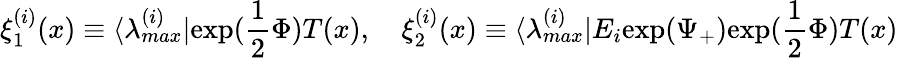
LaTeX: \xi_{1}^{(i)}(x)\equiv\langle\lambda_{max}^{(i)}|\mathrm{exp(}\frac{1}{2}\Phi)T(x),{}~~~~\xi_{2}^{(i)}(x)\equiv\langle\lambda_{max}^{(i)}|E_{i}\mathrm{exp(}\Psi_{+})\mathrm{exp(}\frac{1}{2}\Phi)T(x)